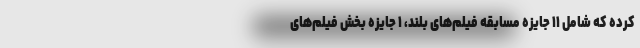
کرده که شامل ۱۱ جایزه مسابقه فیلم‌های بلند، ۱ جایزه بخش فیلم‌های